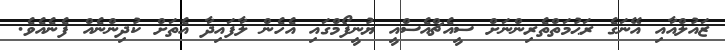
ޒައުލްއާއި އޭނަގެ ރަޙުމަތްތެރިންނަށް ސީއެޗްއެސްއީ ޔުނީފޯމްގައި އެހެން ލާފައިދާ އެތަށް ކުދިންނެއް ފެނެއެވެ.